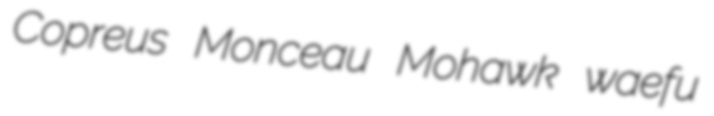
Copreus Monceau Mohawk waefu